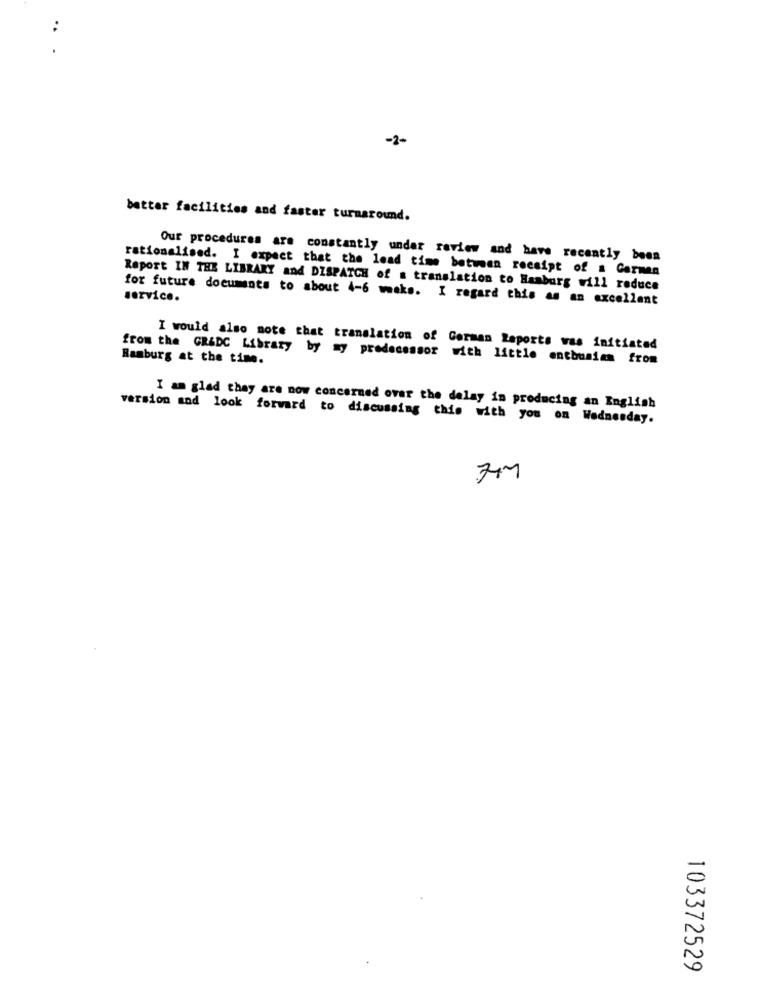
..
-2-
better facilities and faster turnaround.
Our procedures are constantly under review and have recently been
rationalised. I expect that the lead time between receipt of a Carmen
Report IN THE LIBRARY and DISPATCH of a translation to Hamburg will reduce
for future documents to about 4-6 weeks. I regard this as an excellent
service.
I would also note that translation of Corman Reports was initiated
Hamburg at the time.
from the GRADC Library by my predecessor with little enthusiam from
I am glad they are now concerned ovar the delay in producing an English
version and look forward to discussing this with you on Wednesday.
103372529